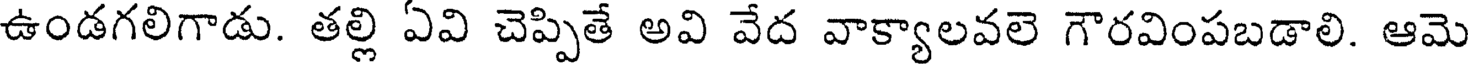
ఉండగలిగాడు. తల్లి ఏవి చెప్పితే అవి వేద వాక్యాలవలె గౌరవింపబడాలి. ఆమె